Vital statistics of India. Vol. V, Reports of 1876 on armies & jails and on epidemic cholera
Year: 1876
Disease focus: Cholera
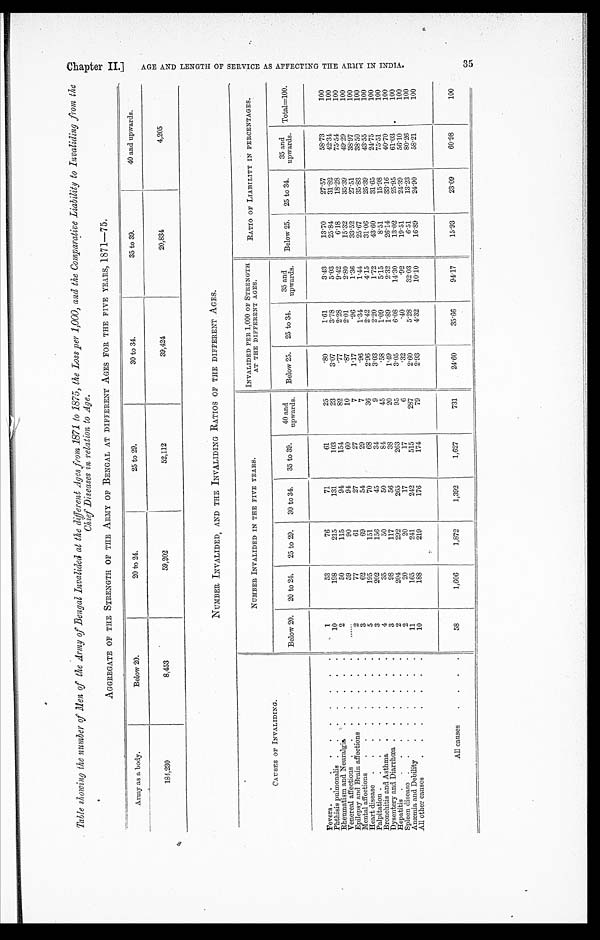
•
Table showing the number of Men of the Army of Bengal Invalided at the different Ages from 1871 to 1875, the Loss per 1,000, and the Comparative Liability to Invaliding from the
Chief Diseases in relation to Age.
AGGREGATE OF THE STRENGTH OF THE ARMY OF BENGAL AT DIFFERENT AGES FOR THE FIVE YEARS, 1871—75.
Army as a body.
Below 20.
20 to 24.
25 to 29.
30 to 34.
35 to 39.
40 and upwards.
184,230
8,453
59,202
52,112
39,424
20,834
4,205
NUMBER INVALIDED , AND THE INVALIDING RATIOS OF THE DIFFERENT AGES.
CAUSES OF INVALIDING.
NUMBER INVALIDED IN THE FIVE YEARS.
I N V A L I D E D P E R 1 , 0 0 0 O F S T R E N G T H
AT THE DIFFERENT AGES.
RATIO OF LIABILITY IN PERCENTAGES.
Below 20.
20 to 24.
25 to 29.
30 to 34.
35 to 39.
40 and
upwards.
Below 25.
25 to 34.
35 and
upwards.
Below 25.
25 to 34.
35 and
an
upwards. Total=100.
Fevers . . .
1
53
76
71
61
25
.80
1.61
3.43
13.70
27.57
58.73
100
Phthisis pulmonalis . . .
10
198
215
131
103
23
3.07
3.78
5.03
25.84
31.82
42.34
100
Rheumatism and Neuralgia . . .
2
50
115
94
154
82
.77
2.28
9.42
6.18
18.28
75.54
100
Venereal affections . . .
. . .
59
90
94
60
10
. 8 7
2.01
2.80
15.32
35.39
49.29
100
Epilepsy and Brain affections . . .
2
77
61
27
27
7
1.17
.96
1.36
33.52
27.51
38.97
100
Mental affections . . .
3
62
69
54
29
7
.96
1.34
1.44
25.67
35.83
38.50
100
Heart disease . . .
5
195
151
70
68
36
2.96
2.42
4.15
31.06
25.39
43.55
100
Palpitation . . .
3
202
156
45
34
9
3.03
2.20
1.72
43.60
31.65
24.75
100
Bronchitis and Asthma . . .
4
35
50
50
84
45
.58
1.09
5.15
8.51
15.98
75.51
100
Dysentery and Diarrhœa . . .
3
98
117
56
38
20
1.49
1.89
2.32
26.14
33.16
40.70
100
Hepatitis . . .
2
204
292
265
263
95
3.05
6.08
14.30
13.02
25.95
61.03 ,
100
Spleen disease . . .
2
20
20
17
17
6
.32
.40
.92
19.51
24.39
56.10
100
Anæmia and Debility . . .
11
165
241
242
515
287
2.60
5.28
32.03
6.51
13.23
80.26
100
All other causes . . .
10
188
219
176
174
79
2.93
4.32
10.10
16.89
24.90
58.21
100
All causes . . .
58
1,606
1,872
1,392
1,627
731
24.60
35.66
94.17
15.93
23.09
60.98
100
Chapter II.]
A G E A N D L E N G T H O F S E R V I C E A S A F F E C T I N G T H E A R M Y I N I N D I A . 3 4 5